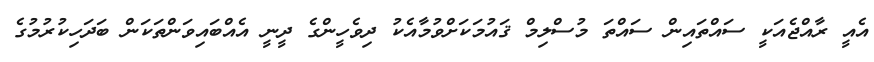
އެއީ ރާއްޖެއަކީ ސައްތައިން ސައްތަ މުސްލިމް ޤައުމަކަށްވުމާއެކު ދިވެހީންގެ ދީނީ އެއްބައިވަންތަކަން ބަދަހިކުރުމުގެ